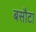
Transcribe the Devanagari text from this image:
बसौटा